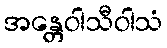
အန္တေဝါသီဝါသံ